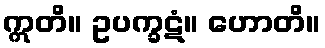
ဣတိ။ ဥပက္ခဋံ။ ဟောတိ။